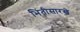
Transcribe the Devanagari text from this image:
भिंतीसारखे